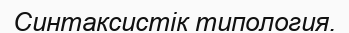
Синтаксистік типология.